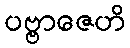
ပဗ္ဗာဇေဟိ